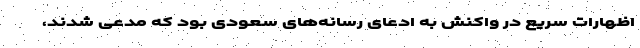
اظهارات سریع در واکنش به ادعای رسانه‌های سعودی بود که مدعی شدند،